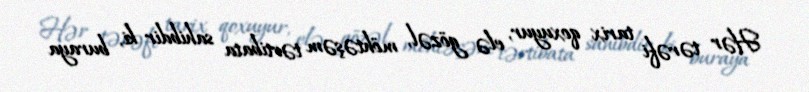
Hər tərəfi tarix qoxuyur, elə gözəl, möhtəşəm tərtibata sahibdir ki, buraya